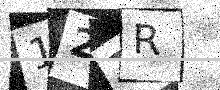
Text: 127R